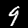
Digit: 9